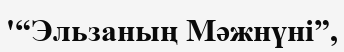
'“Эльзаның Мәжнүні”,